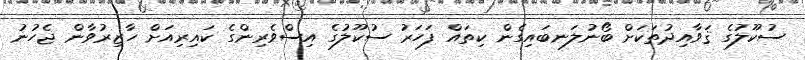
ސުކޫލުގެ ޤަވާއިދުތަކަށް ބޯނުލަނބައިގެން ކިތައް ފަހަރު ސުކޫލުގެ އިސްވެރިންގެ ކައިރިއަށް ހާޒިރުވާން ޖެހުނު